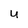
Character: U